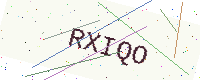
Text: RXIQO